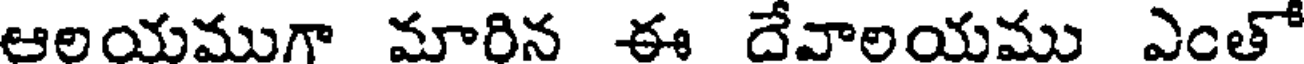
ఆలయముగా మారిన ఈ దేవాలయము ఎంతో